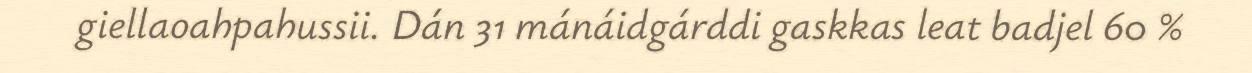
giellaoahpahussii. Dán 31 mánáidgárddi gaskkas leat badjel 60 %